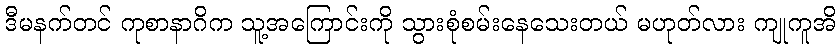
ဒီမနက်တင် ကုစာနာဂိက သူ့အကြောင်းကို သွားစုံစမ်းနေသေးတယ် မဟုတ်လား ကျုကူအိ